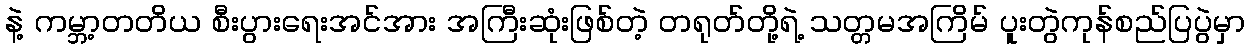
နဲ့ ကမ္ဘာ့တတိယ စီးပွားရေးအင်အား အကြီးဆုံးဖြစ်တဲ့ တရုတ်တို့ရဲ့ သတ္တမအကြိမ် ပူးတွဲကုန်စည်ပြပွဲမှာ